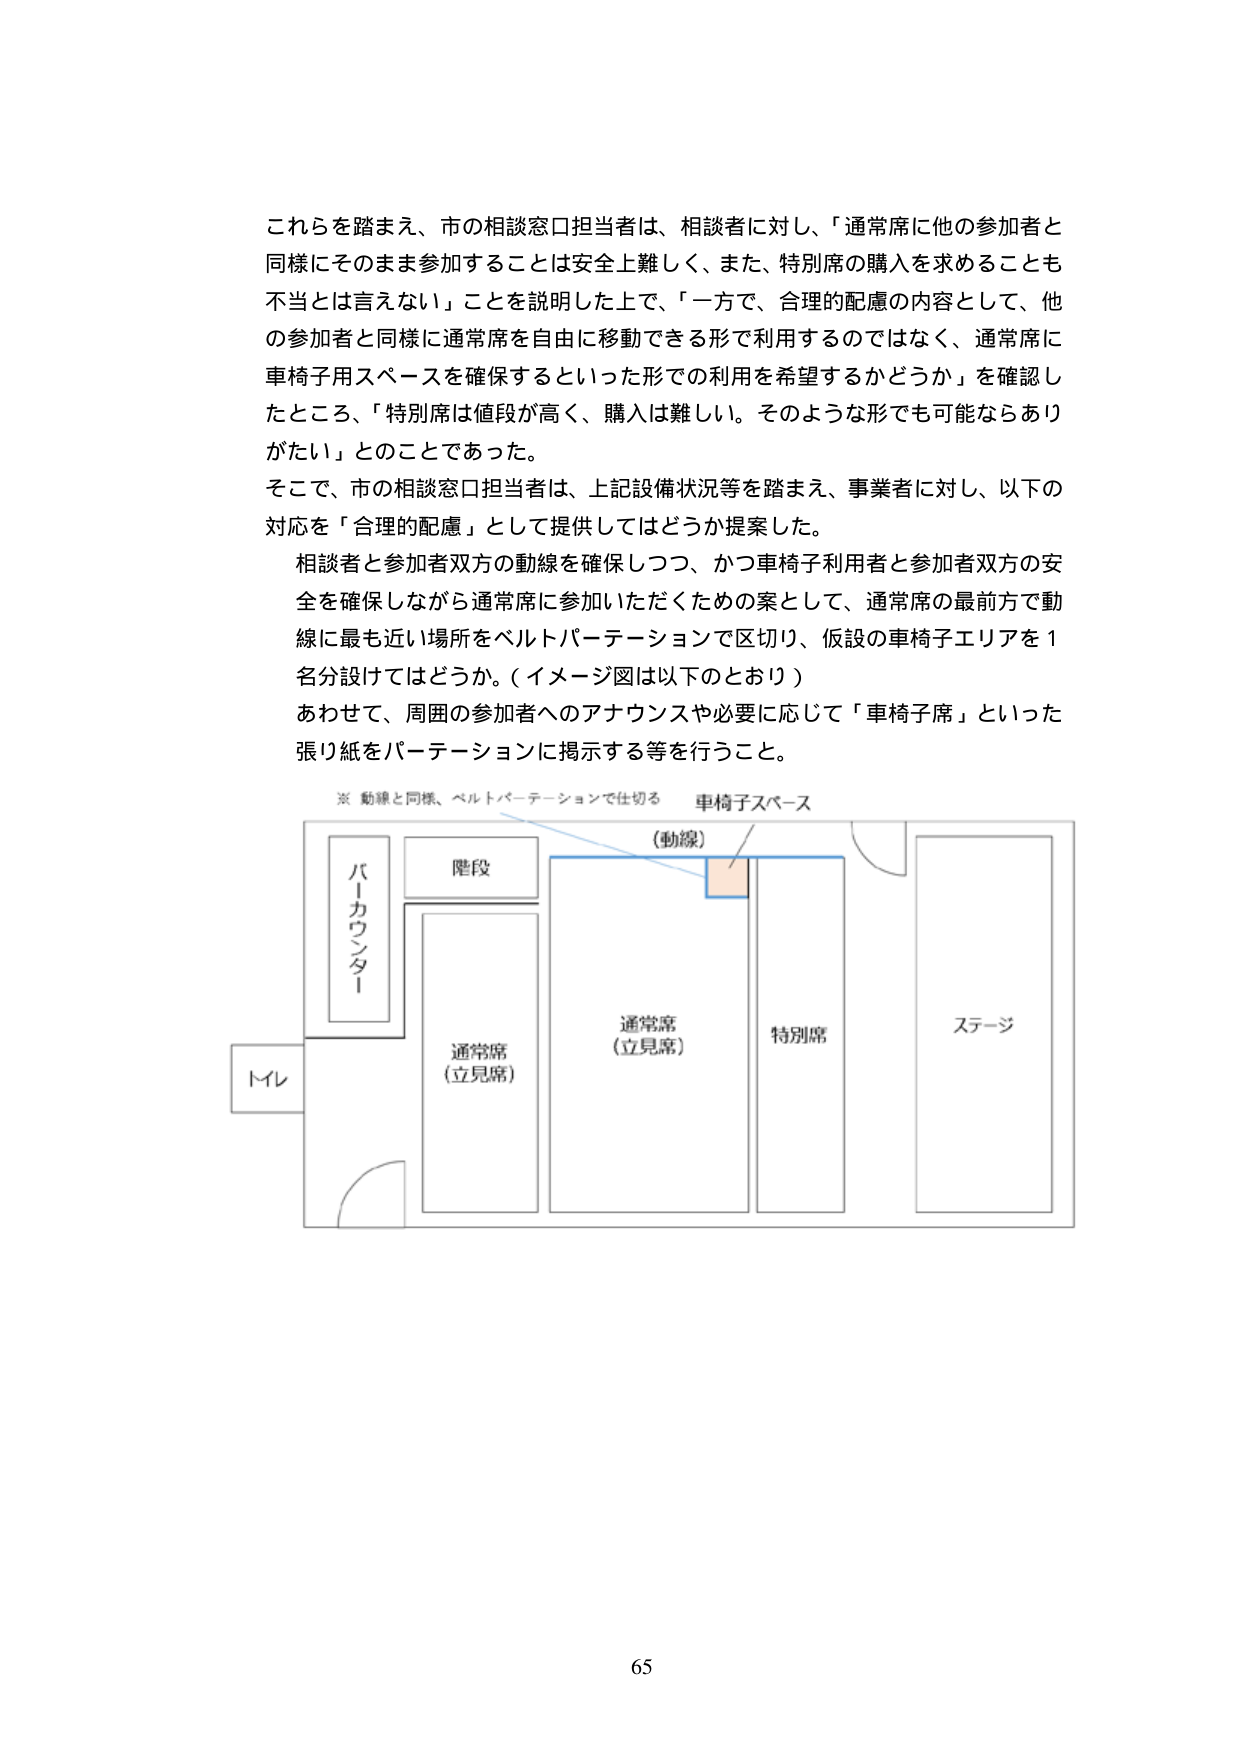
これらを踏まえ、市の相談窓口担当者は、相談者に対し、「通常席に他の参加者と同様にそのまま参加することは安全上難しく、また、特別席の購入を求めることも不当とは言えない」ことを説明した上で、「一方で、合理的配慮の内容として、他の参加者と同様に通常席を自由に移動できる形で利用するのではなく、通常席に車椅子用スペースを確保するといった形での利用を希望するかどうか」を確認したところ、「特別席は値段が高く、購入は難しい。そのような形でも可能ならありがたい」とのことであった。

そこで、市の相談窓口担当者は、上記設備状況等を踏まえ、事業者に対し、以下の対応を「合理的配慮」として提供してはどうか提案した。

相談者と参加者双方の動線を確保しつつ、かつ車椅子利用者と参加者双方の安全を確保しながら通常席に参加いただくための案として、通常席の最前方で動線に最も近い場所をベルトパーテーションで区切り、仮設の車椅子エリアを1名分設けてはどうか。（イメージ図は以下のとおり）

あわせて、周囲の参加者へのアナウンスや必要に応じて「車椅子席」といった張り紙をパーテーションに掲示する等を行うこと。

※ 動線と同様、ベルトパーテーションで仕切る 車椅子スペース

（動線）

バーカウンター

階段

通常席（立見席）

通常席（立見席）

特別席

ステージ

トイレ

65